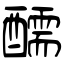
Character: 醹